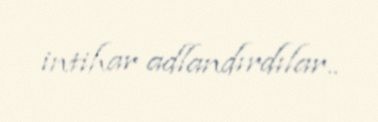
intihar adlandırdılar..